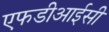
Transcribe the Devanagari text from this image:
एफडीआईसी